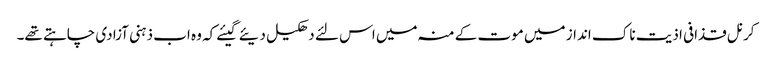
کرنل قذافی اذیت ناک انداز میں موت کے منہ میں اس لئے دھکیل دیئے گیئے کہ وہ اب ذہنی آزادی چاہتے تھے۔